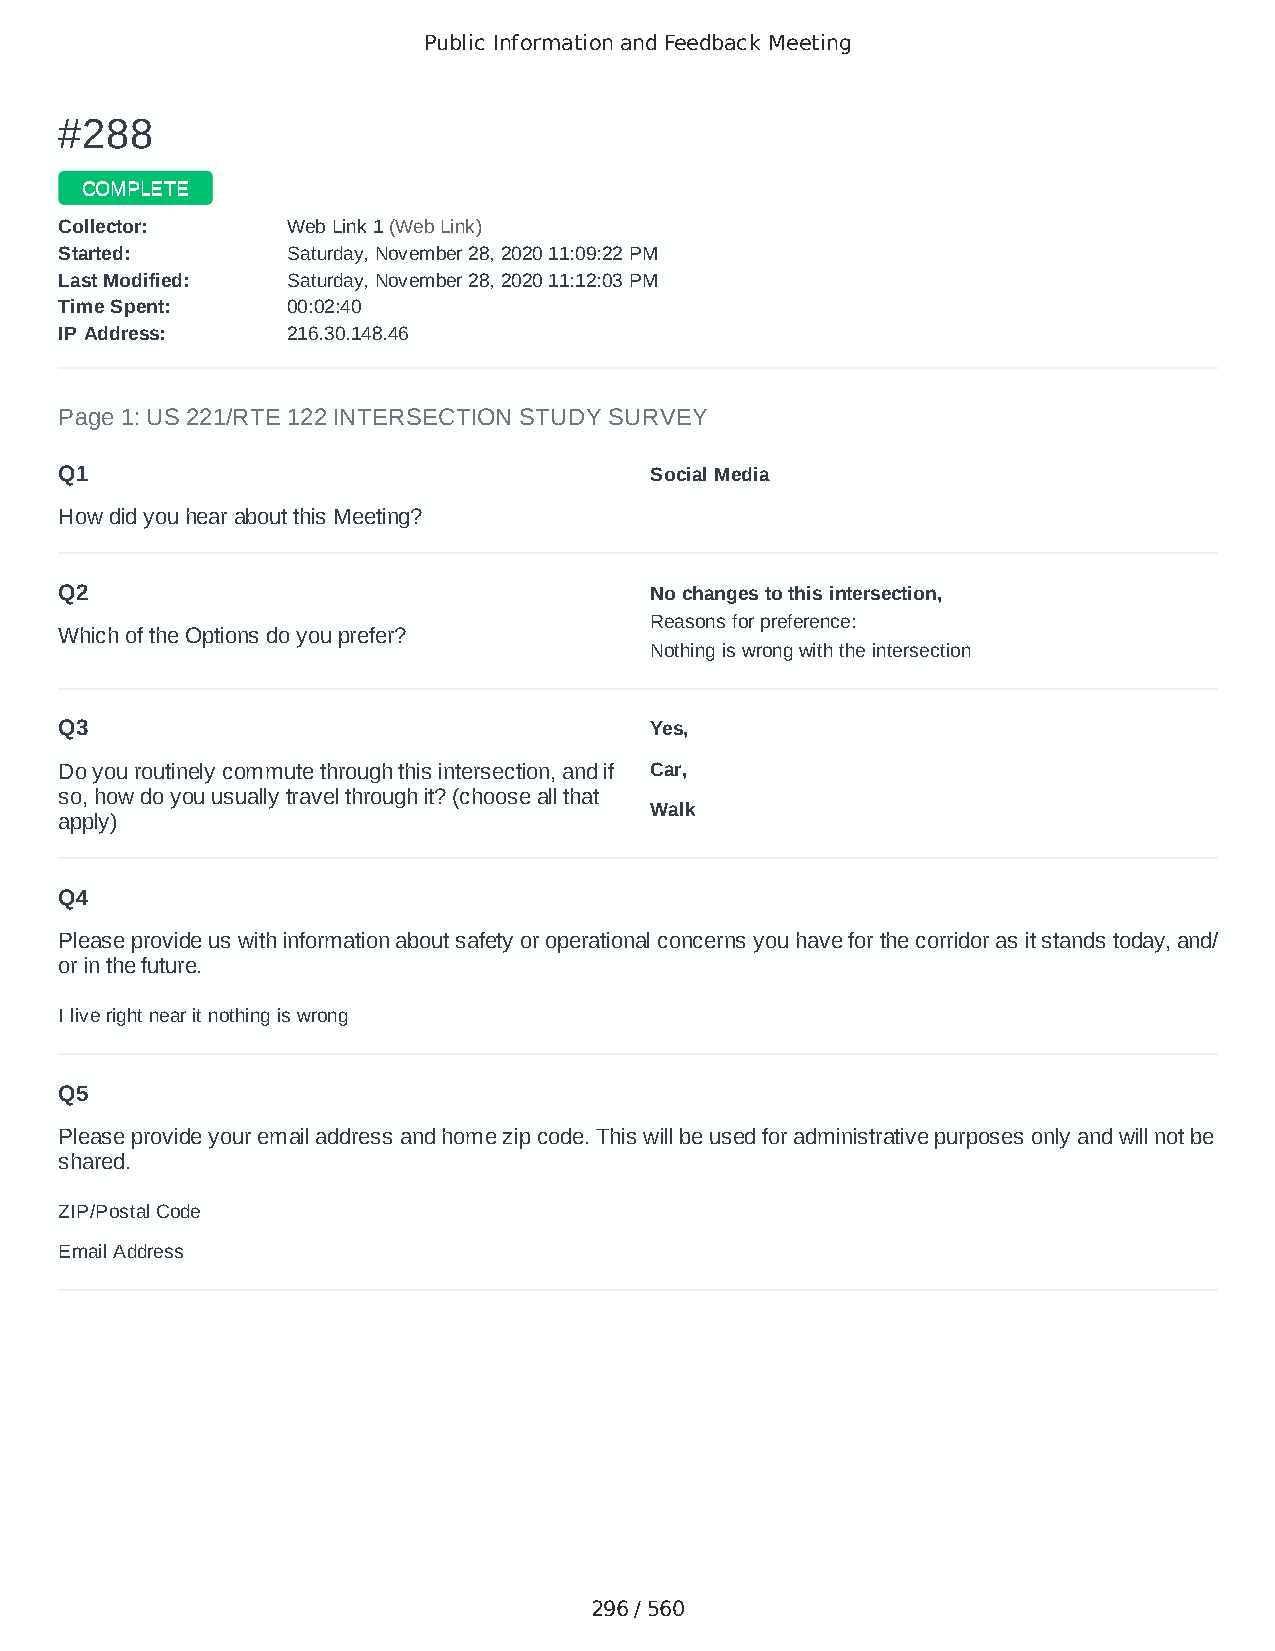
Public Information and Feedback Meeting
 ##228888
 CCOOMMPPLLEETTEE
 CCoolllleeccttoorr:: WWeebb LLiinnkk 11 ((WWeebb LLiinnkk))
 SSttaarrtteedd:: SSaattuurrddaayy,, NNoovveemmbbeerr 2288,, 22002200 1111::0099::2222 PPMM
 LLaasstt MMooddiiffiieedd:: SSaattuurrddaayy,, NNoovveemmbbeerr 2288,, 22002200 1111::1122::0033 PPMM
 TTiimmee SSppeenntt:: 0000::0022::4400
 IIPP AAddddrreessss:: 221166..3300..114488..4466
 Page 1: US 221/RTE 122 INTERSECTION STUDY SURVEY
 Q1                                     Social Media
 How did you hear about this Meeting?
 Q2                                     No changes to this intersection,
 Reasons for preference:
 Which of the Options do you prefer?
 Nothing is wrong with the intersection
 Q3                                     Yes,
 Do you routinely commute through this intersection, and if Car,
 so, how do you usually travel through it? (choose all that
 Walk
 apply)
 Q4
 Please provide us with information about safety or operational concerns you have for the corridor as it stands today, and/
 or in the future.
 I live right near it nothing is wrong
 Q5
 Please provide your email address and home zip code. This will be used for administrative purposes only and will not be
 shared.
 ZIP/Postal Code                        24523
 Email Address                          autumnamos46@yahoo.com
 296 / 560